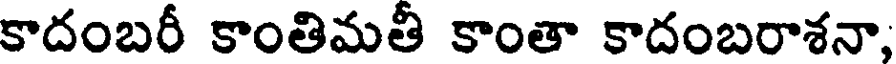
కాదంబరీ కాంతిమతీ కాంతా కాదంబరాశనా,